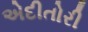
એદીતોરી